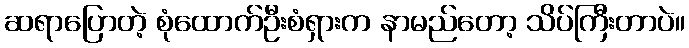
ဆရာပြောတဲ့ စုံထောက်ဦးစံရှားက နာမည်တော့ သိပ်ကြီးတာပဲ။